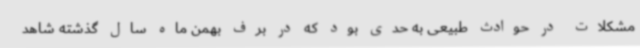
مشکلات در حوادث طبیعی به حدی بود که در برف بهمن ماه سال گذشته شاهد